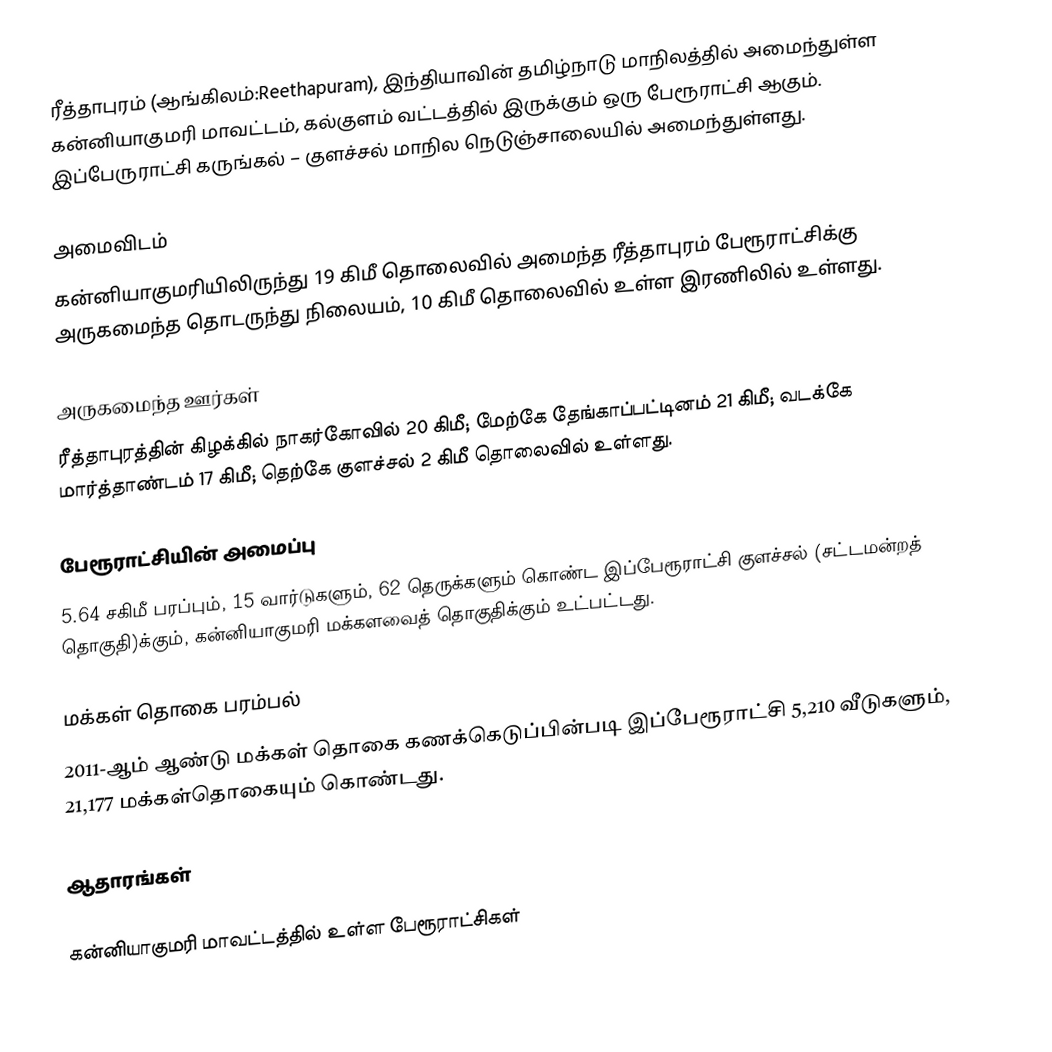
ரீத்தாபுரம் (ஆங்கிலம்:Reethapuram), இந்தியாவின் தமிழ்நாடு மாநிலத்தில் அமைந்துள்ள கன்னியாகுமரி மாவட்டம், கல்குளம் வட்டத்தில் இருக்கும் ஒரு பேரூராட்சி ஆகும். இப்பேருராட்சி கருங்கல் – குளச்சல் மாநில நெடுஞ்சாலையில் அமைந்துள்ளது.

அமைவிடம்
கன்னியாகுமரியிலிருந்து 19 கிமீ தொலைவில் அமைந்த ரீத்தாபுரம் பேரூராட்சிக்கு அருகமைந்த தொடருந்து நிலையம், 10 கிமீ தொலைவில் உள்ள இரணிலில் உள்ளது.

அருகமைந்த ஊர்கள்
ரீத்தாபுரத்தின் கிழக்கில் நாகர்கோவில் 20 கிமீ; மேற்கே தேங்காப்பட்டினம் 21 கிமீ; வடக்கே மார்த்தாண்டம் 17 கிமீ; தெற்கே குளச்சல் 2 கிமீ தொலைவில் உள்ளது.

பேரூராட்சியின் அமைப்பு
5.64 சகிமீ  பரப்பும், 15  வார்டுகளும், 62 தெருக்களும் கொண்ட இப்பேரூராட்சி  குளச்சல் (சட்டமன்றத் தொகுதி)க்கும், கன்னியாகுமரி மக்களவைத் தொகுதிக்கும் உட்பட்டது.

மக்கள் தொகை பரம்பல்
2011-ஆம் ஆண்டு மக்கள் தொகை கணக்கெடுப்பின்படி  இப்பேரூராட்சி                              5,210  வீடுகளும், 21,177 மக்கள்தொகையும் கொண்டது.

ஆதாரங்கள்

கன்னியாகுமரி மாவட்டத்தில் உள்ள பேரூராட்சிகள்